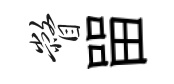
瞥㽞